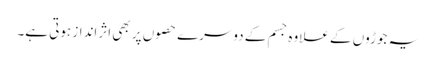
یہ جوڑوں کے علاوہ جسم کے دوسرے حصوں پر بھی اثرانداز ہوتی ہے۔